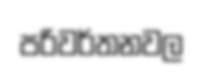
පරිවර්තනවල